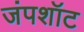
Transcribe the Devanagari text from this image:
जंपशॉट